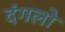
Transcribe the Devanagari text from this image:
दंगलो